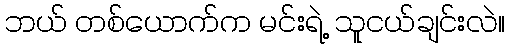
ဘယ် တစ်ယောက်က မင်းရဲ့ သူငယ်ချင်းလဲ။